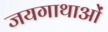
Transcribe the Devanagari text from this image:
जयगाथाओं